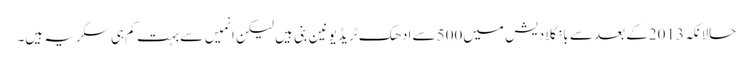
حالانکہ2013کے بعد سے بانگلادیش میں500سے ادھک ٹریڈ یونین بنی ہیں لیکن انمیں سے بہت کم ہی سکریہ ہیں۔